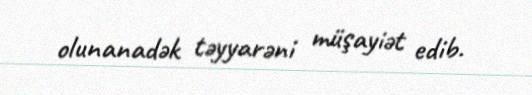
olunanadək təyyarəni müşayiət edib.